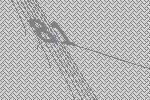
81